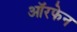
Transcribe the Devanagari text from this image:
ऑरफेन